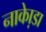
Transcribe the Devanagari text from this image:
नाका़ेडा